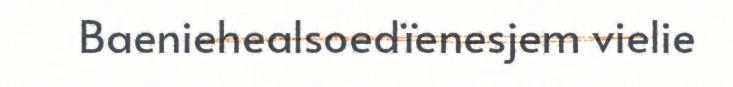
Baeniehealsoedïenesjem vielie